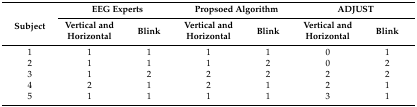
<table><thead><tr><td rowspan="2"><b>Subject</b></td><td colspan="2"><b>EEG Experts</b></td><td colspan="2"><b>Propsoed Algorithm</b></td><td colspan="2"><b>ADJUST</b></td></tr><tr><td><b>Vertical and Horizontal</b></td><td><b>Blink</b></td><td><b>Vertical and Horizontal</b></td><td><b>Blink</b></td><td><b>Vertical and Horizontal</b></td><td><b>Blink</b></td></tr></thead><tbody><tr><td>1</td><td>1</td><td>1</td><td>1</td><td>1</td><td>0</td><td>1</td></tr><tr><td>2</td><td>1</td><td>1</td><td>1</td><td>2</td><td>0</td><td>2</td></tr><tr><td>3</td><td>1</td><td>2</td><td>2</td><td>2</td><td>2</td><td>2</td></tr><tr><td>4</td><td>2</td><td>1</td><td>2</td><td>1</td><td>2</td><td>1</td></tr><tr><td>5</td><td>1</td><td>1</td><td>1</td><td>1</td><td>3</td><td>1</td></tr></tbody></table>